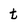
Character: t